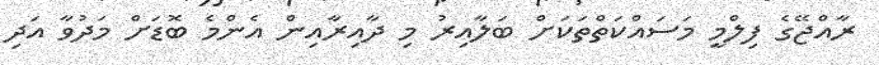
ރާއްޖޭގެ ފިލްމީ މަސައްކަތްތަކަށް ބަލާއިރު މި ދާއިރާއިން އެންމެ ބޮޑަށް މަދުވާ އަދި